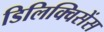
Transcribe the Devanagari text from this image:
डिलिक्विसेंस